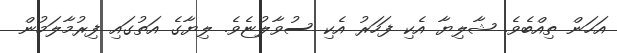
އަހަން ތިއްބެވެ. ޝާލިޔާ އެކި ފަހަރު އެކި ސުވާލުޏެވެ. ލިޔާގެ އަތުގައި ފިރުމާލަމުން